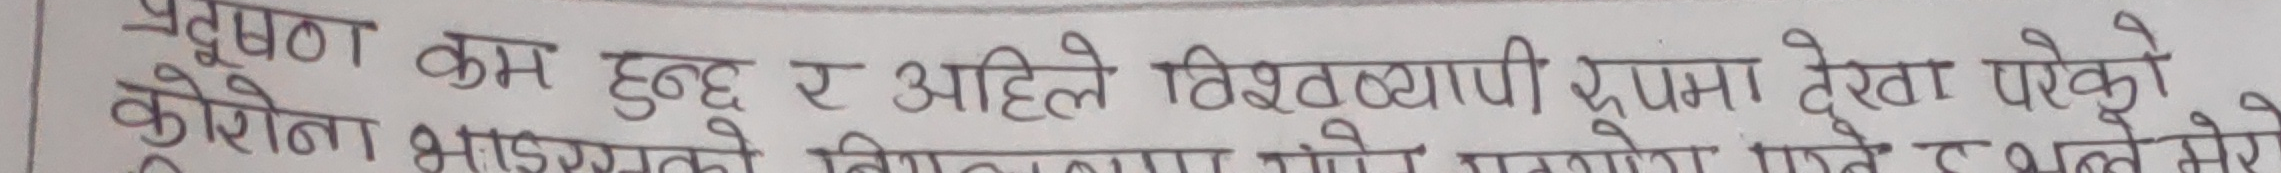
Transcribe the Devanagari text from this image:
प्रदूषण कम हुन्छ र अहिले विश्वव्यापी रूपमा देखा परेको
कोरोना भाइरसको विशेषतामा गोरो सदस्य र झन् मेरो